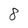
Character: 8